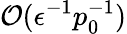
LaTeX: \mathcal{O}(\epsilon^{-1}p_{0}^{-1})